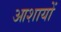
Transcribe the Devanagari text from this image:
आशायों